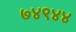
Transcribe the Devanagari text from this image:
७४९४४